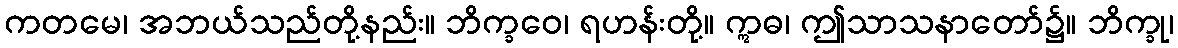
ကတမေ၊ အဘယ်သည်တို့နည်း။ ဘိက္ခဝေ၊ ရဟန်းတို့။ ဣဓ၊ ဤသာသနာတော်၌။ ဘိက္ခု၊